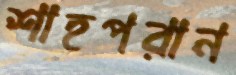
শাহপরান